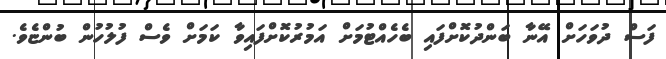
ފަސް ދުވަހަށް އޭނާ ބަންދުކޮށްފައި ބެހެއްޓުމަށް އަމުރުކޮށްފައިވާ ކަމަށް ވެސް ފުލުހުން ބުންޏެވެ.